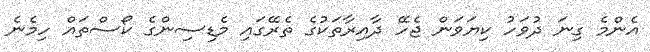
އެންމެ ގިނަ ދުވަހު ކިޔަވަން ޖެހޭ ދާއިރާތަކުގެ ތެރޭގައި މެޑިސިންގެ ކޯސްތައް ހިމެނެ